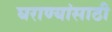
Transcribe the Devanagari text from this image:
घराण्यांसाठी